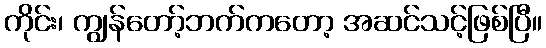
ကိုင်း၊ ကျွန်တော့်ဘက်ကတော့ အဆင်သင့်ဖြစ်ပြီ။